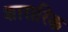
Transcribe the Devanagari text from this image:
शारारिक